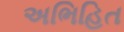
અભિહિત